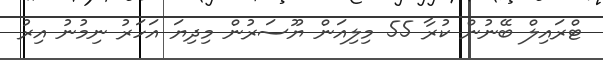
ޓްރައިލް ބޭނުން ކުރާ 55 މިލިއަން ޔޫސަރުން މިދިޔަ އަހަރު ނިމުނު އިރު